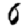
Digit: 0